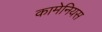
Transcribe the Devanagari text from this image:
कामेनियस